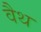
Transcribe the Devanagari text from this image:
वैथ